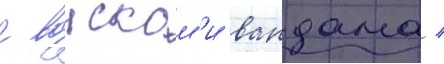
с воискам'и вандама /